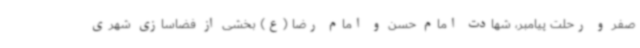
صفر و رحلت پیامبر، شهادت امام حسن و امام رضا (ع) بخشی از فضاسازی شهری